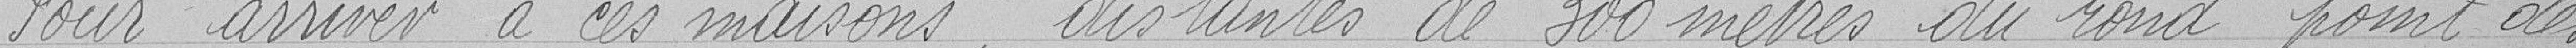
Pour arriver à ces maisons distantes de 300 mètres du rond point des